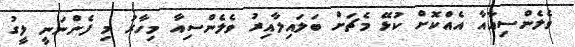
ވެލެންސިއާއާ އެއްކޮށް ކުޅޭ މެޗަށް ބަލައިލާއިރު ވެލެންސިއާ މިހާރު މި ފެންނަނީ ލީގު